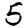
Digit: 5